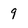
Character: g